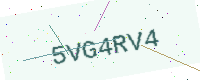
Text: 5VG4RV4